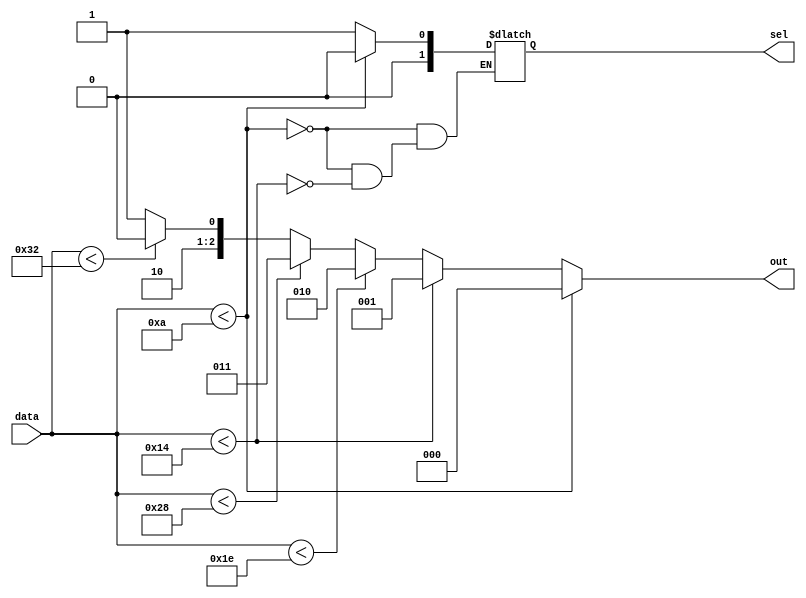
module comparator_6bit(input [5:0] data,output reg [2:0] out,output reg [1:0] sel);
	
	always@(*)
	begin
		if(data < 6'b001010)
		begin
			out = 3'b000;
			sel = 2'b00;
		end
		else if (data < 6'b010100)
		begin
			out = 3'b001;
			sel = 2'b01;
		end
		else if (data < 6'b011110)
		begin
			out = 3'b010;
		end
		else if (data < 6'b101000)
		begin
			out = 3'b011;
		end
		else if (data < 6'b110010)
		begin
			out = 3'b100;
		end
		else
		begin
			out = 3'b101;
		end
		
	end
endmodule